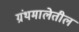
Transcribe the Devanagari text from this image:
ग्रंथमालेतील